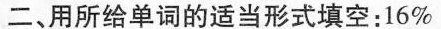
二、用所给单词的适当形式填空:16%